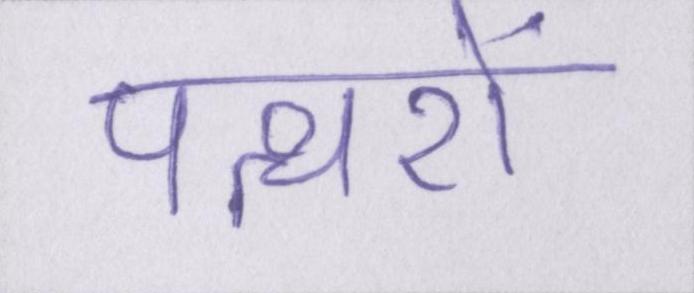
पत्थरों